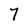
Character: 7